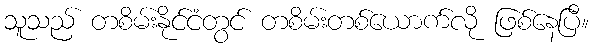
သူသည် တစိမ်းနိုင်ငံတွင် တစိမ်းတစ်ယောက်လို ဖြစ်နေပြီ။